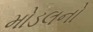
મોડલનો